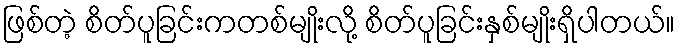
ဖြစ်တဲ့ စိတ်ပူခြင်းကတစ်မျိုးလို့ စိတ်ပူခြင်းနှစ်မျိုးရှိပါတယ်။